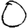
Digit: 0